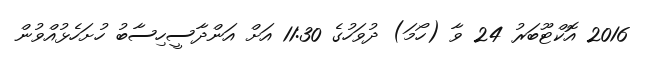
2016 އޮކްޓޫބަރު 24 ވާ (ހޯމަ) ދުވަހުގެ 11:30 އަށް އަންދާސީހިސާބު ހުށަހެޅުއްވުން